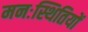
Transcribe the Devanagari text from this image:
मनःस्थितियों